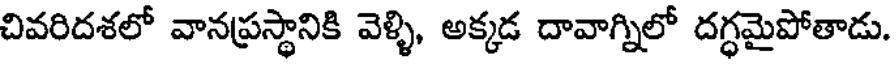
చివరిదశలో వానప్రస్థానికి వెళ్ళి, అక్కడ దావాగ్నిలో దగ్ధమైపోతాడు.